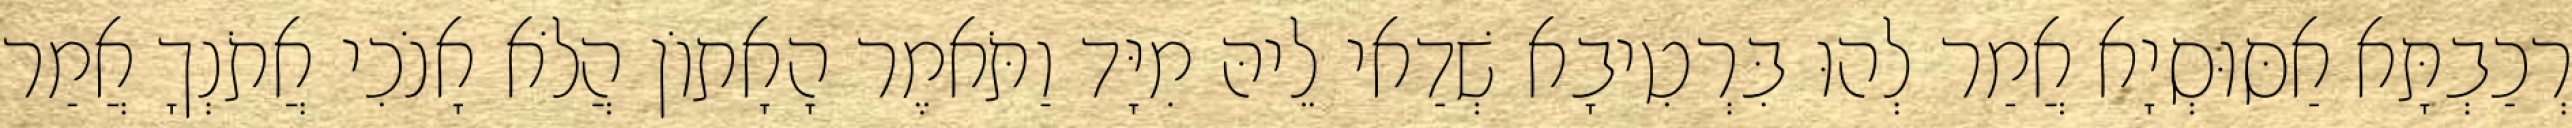
רְכַבְתָּא אַסּוּסְיָא אֲמַר לְהוּ בִּרְטִיבָא שְׁדַאי לֵיהּ מִיָּד וַתֹּאמֶר הָאָתוֹן הֲלֹא אָנֹכִי אֲתֹנְךָ אֲמַר